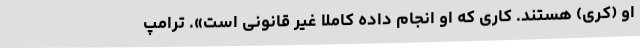
او (کری) هستند. کاری که او انجام داده کاملاً غیر قانونی است». ترامپ